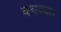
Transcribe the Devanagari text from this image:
वयस्का